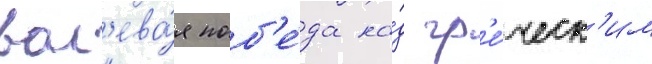
вол'ева́я поб'е́да на́д гр'е́ческ'им